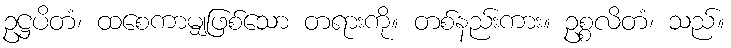
ဥဋ္ဌပိတံ၊ ထစေကာမျှဖြစ်သော တရားကို။ တစ်နည်းကား။ ဥစ္စလိတံ၊ သည်။